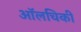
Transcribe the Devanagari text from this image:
ऑलचिकी